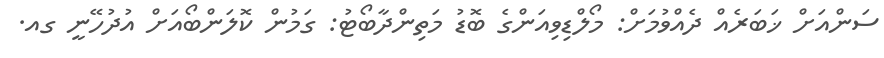
ސަންއަށް ޚަބަރެއް ދެއްވުމަށް: މޯލްޑިވިއަންގެ ބޮޑު މަތިންދާބޯޓު: ގަމުން ކޮލަންބޯއަށް އުދުހޭނީ ގއ.